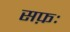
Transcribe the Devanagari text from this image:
सफ़ः